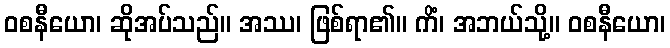
ဝစနီယော၊ ဆိုအပ်သည်။ အဿ၊ ဖြစ်ရာ၏။ ကိံ၊ အဘယ်သို့။ ဝစနီယော၊